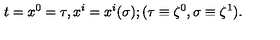
t = x ^ { 0 } = \tau , x ^ { i } = x ^ { i } ( \sigma ) { } ; ( \tau \equiv \zeta ^ { 0 } , \sigma \equiv \zeta ^ { 1 } ) .